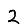
Digit: 2